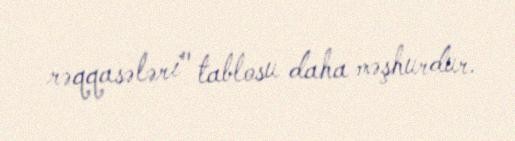
rəqqasələri" tablosu daha məşhurdur.